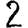
Digit: 2